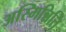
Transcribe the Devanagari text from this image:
अस्मिन्निति